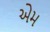
એમ